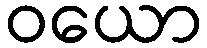
ဝယော